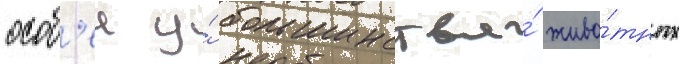
особ'еи у́ большинства́ живо́тных